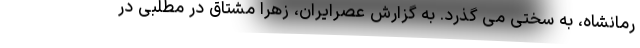
رمانشاه، به سختی می گذرد. به گزارش عصرایران، زهرا مشتاق در مطلبی در